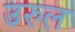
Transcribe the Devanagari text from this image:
उरुल